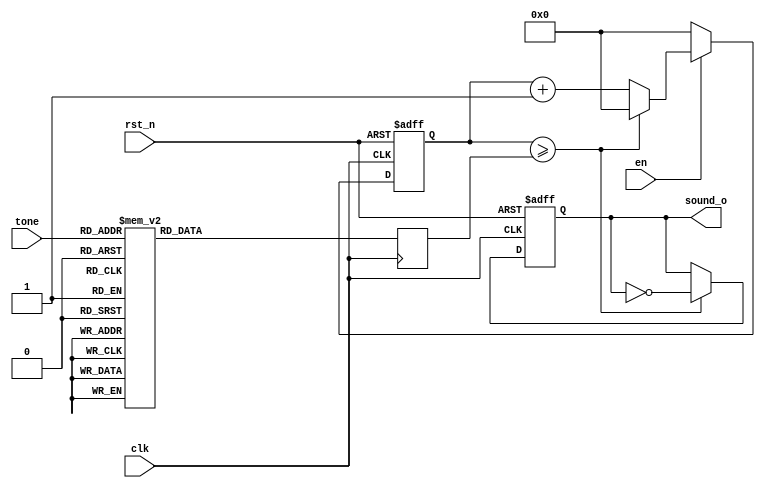
// 

module buzzer(
    input clk,
    input rst_n,
    input en, // 
    input [4:0 ]tone, // 
    output reg sound_o // 
);

reg [15:0]  time_end;
// 1=261.6Hz, 12MHz/261.6Hz=45871.5,  45871.5/2=22936 22936-1=22935

always @(posedge clk) begin
    
    case(tone)
        5'd1:   time_end =    16'd22935;    //L1,
        5'd2:   time_end =    16'd20428;    //L2,
        5'd3:   time_end =    16'd18203;    //L3,
        5'd4:   time_end =    16'd17181;    //L4,
        5'd5:   time_end =    16'd15305;    //L5,
        5'd6:   time_end =    16'd13635;    //L6,
        5'd7:   time_end =    16'd12147;    //L7,
        5'd8:   time_end =    16'd11464;    //M1,
        5'd9:   time_end =    16'd10215;    //M2,
        5'd10:  time_end =    16'd9100;     //M3,
        5'd11:  time_end =    16'd8589;     //M4,
        5'd12:  time_end =    16'd7652;     //M5,
        5'd13:  time_end =    16'd6817;     //M6,
        5'd14:  time_end =    16'd6073;     //M7,
        5'd15:  time_end =    16'd5740;     //H1,
        5'd16:  time_end =    16'd5107;     //H2,
        5'd17:  time_end =    16'd4549;     //H3,
        5'd18:  time_end =    16'd4294;     //H4,
        5'd19:  time_end =    16'd3825;     //H5,
        5'd20:  time_end =    16'd3408;     //H6,
        5'd21:  time_end =    16'd3036;     //H7,
        default:time_end =    16'd22935;
    endcase
/*
    case(tone)
        5'd1:   time_end =    16'd1;    //L1,
        5'd2:   time_end =    16'd2;    //L2,
        5'd3:   time_end =    16'd3;    //L3,
        5'd4:   time_end =    16'd4;    //L4,
        5'd5:   time_end =    16'd5;    //L5,
        5'd6:   time_end =    16'd6;    //L6,
        5'd7:   time_end =    16'd7;    //L7,
        5'd8:   time_end =    16'd8;    //M1,
        5'd9:   time_end =    16'd9;    //M2,
        5'd10:  time_end =    16'd10;     //M3,
        5'd11:  time_end =    16'd11;     //M4,
        5'd12:  time_end =    16'd12;     //M5,
        5'd13:  time_end =    16'd13;     //M6,
        5'd14:  time_end =    16'd14;     //M7,
        5'd15:  time_end =    16'd15;     //H1,
        5'd16:  time_end =    16'd16;     //H2,
        5'd17:  time_end =    16'd17;     //H3,
        5'd18:  time_end =    16'd18;     //H4,
        5'd19:  time_end =    16'd19;     //H5,
        5'd20:  time_end =    16'd20;     //H6,
        5'd21:  time_end =    16'd21;     //H7,
        default:time_end =    16'd1;
    endcase*/
end

// 
reg [17:0]  time_cnt;
always @(posedge clk or negedge rst_n)
    if(!rst_n)
        time_cnt <= 1'b0;
    else if(!en)
        time_cnt <= 1'b0;
    else if(time_cnt >= time_end)
        time_cnt <= 1'b0;
    else
        time_cnt <= time_cnt + 1'b1;

// 
always @(posedge clk or negedge rst_n)
    if(!rst_n)
        sound_o <= 1'b0;
    else if(time_cnt >= time_end)
        sound_o <= ~sound_o;
    else
        sound_o <= sound_o;


endmodule